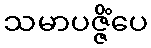
သမာပဇ္ဇိံပေ